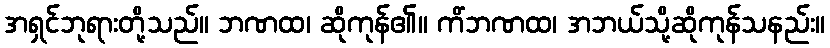
အရှင်ဘုရားတို့သည်။ ဘဏထ၊ ဆိုကုန်၏။ ကိံဘဏထ၊ အဘယ်သို့ဆိုကုန်သနည်း။